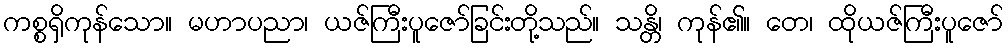
ကစ္စရှိကုန်သော။ မဟာပညာ၊ ယဇ်ကြီးပူဇော်ခြင်းတို့သည်။ သန္တိ၊ ကုန်၏။ တေ၊ ထိုယဇ်ကြီးပူဇော်